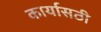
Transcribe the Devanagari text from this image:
कार्यासठी